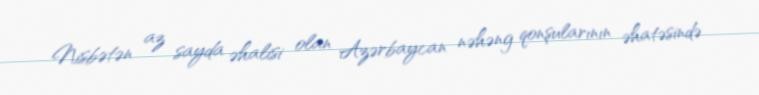
Nisbətən az sayda əhalisi olan Azərbaycan nəhəng qonşularının əhatəsində